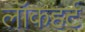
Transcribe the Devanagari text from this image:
लॉकहर्ट